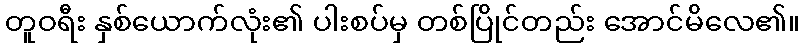
တူဝရီး နှစ်ယောက်လုံး၏ ပါးစပ်မှ တစ်ပြိုင်တည်း အောင်မိလေ၏။